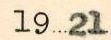
1921